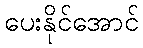
ပေးနိုင်အောင်